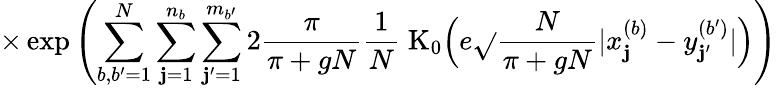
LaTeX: \times\exp\left(\sum_{b,b^{\prime}=1}^{N}\sum_{\mathbf{j}=1}^{n_{b}}\sum_{\mathbf{j}^{\prime}=1}^{m_{b^{\prime}}}2\frac{{\pi}}{{\pi+gN}}\frac{{1}}{{N}}\; \mathrm{{K}}_{0}\Big(e\sqrt{}{{\frac{{N}}{{\pi+gN}}}}|x_{\mathbf{j}}^{(b)}-y_{\mathbf{j}^{\prime}}^{(b^{\prime})}|\Big)\right)